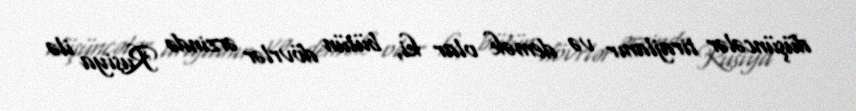
düşüncələr tirajlanır və demək olar ki, bütün dövrlər ərzində Rusiya ilə